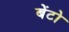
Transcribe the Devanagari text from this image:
बेंटो